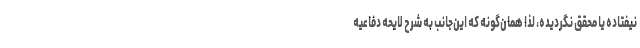
نیفتاده یا محقق نگردیده، لذا همان‌گونه که این‌جانب به شرح لایحه دفاعیه